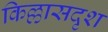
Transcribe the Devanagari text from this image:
किल्लासदृश